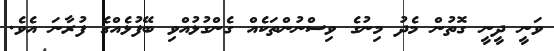
ވަނީ ދީނީ ގޮތުން މެދު މިނުގެ ވިސްނުންތަކެއް ގެންގުޅުއްވި ބޭފުޅެއްގެ ފުރާނަ އެވެ.